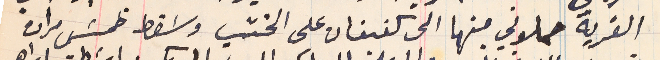
القرية حملوني منها الى كفيفان على الخشب وسَقط خمسَ مرات